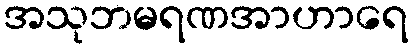
အသုဘမရဏအာဟာရေ